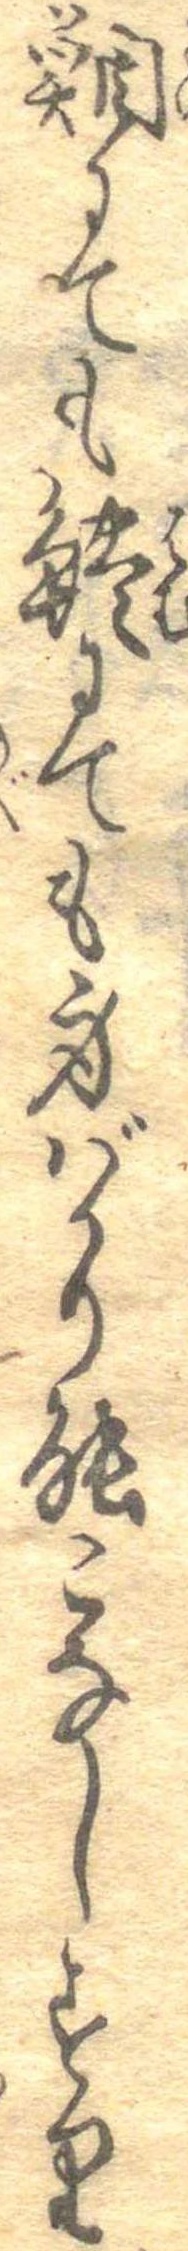
鯛にても鱧にても身ばかり能こなしすり